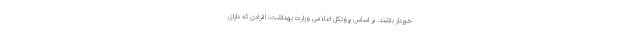
خوردار باشند. بر اساس پروتکل اعلامی وزارت بهداشت، افرادی که دارای